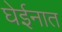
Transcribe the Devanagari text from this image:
घेईनात